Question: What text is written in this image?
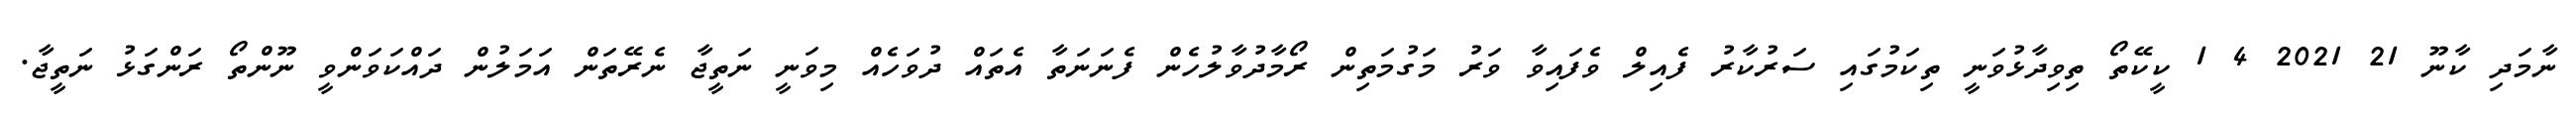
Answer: ނާމަދި ކާނޫ 21 2021 4 1 ކީކޭތޯ ތިވިދާޅުވަނީ ތިކަމުގައި ސަރުކާރު ފެއިލް ވެފައިވާ ވަރު މަގުމަތިން ރޯމާދުވާލުހެން ފެނަނަތާ އެތައް ދުވަހެއް މިވަނީ ނަތީޖާ ނެރޭތަން އަމަލުން ދައްކަވަންވީ ނޫންތޯ ރަންގަޅު ނަތީޖާ.